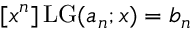
[ x ^ { n } ] \operatorname { L G } ( a _ { n } ; x ) = b _ { n }